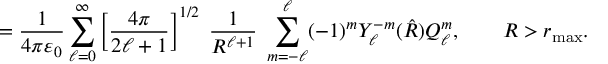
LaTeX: = { \frac { 1 } { 4 \pi \varepsilon _ { 0 } } } \sum _ { \ell = 0 } ^ { \infty } \left[ { \frac { 4 \pi } { 2 \ell + 1 } } \right] ^ { 1 / 2 } \; { \frac { 1 } { R ^ { \ell + 1 } } } \; \sum _ { m = - \ell } ^ { \ell } ( - 1 ) ^ { m } Y _ { \ell } ^ { - m } ( { \hat { R } } ) Q _ { \ell } ^ { m } , \qquad R > r _ { \mathrm { m a x } } .